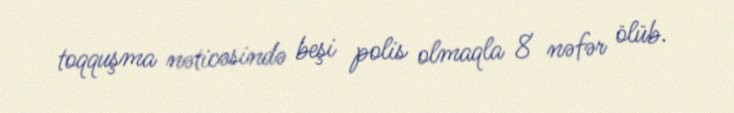
toqquşma nəticəsində beşi polis olmaqla 8 nəfər ölüb.